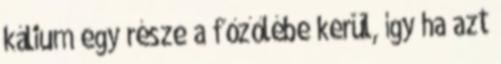
kálium egy része a főzőlébe kerül, így ha azt